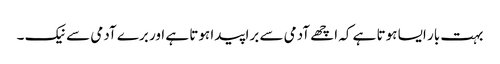
بہت بار ایسا ہوتا ہے کہ اچھے آدمی سے برا پیدا ہوتا ہے اور برے آدمی سے نیک ۔